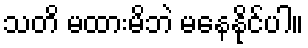
သတိ မထားမိဘဲ မနေနိုင်ပါ။